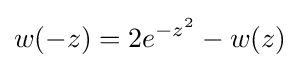
w(-z)=2e^{-z^{2}}-w(z)